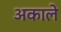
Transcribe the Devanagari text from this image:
अकाले